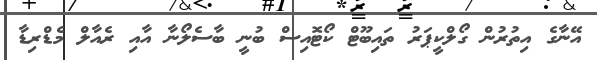
އޭނާގެ އިތުރުން ގޯލްކީޕަރު ތައިބޫޓް ކޯޓޮއިސް ބުނީ ބާސެލޯނާ އާއި ރެއާލް މެޑްރިޑާ